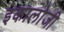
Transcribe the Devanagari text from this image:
इकालोजी